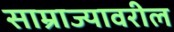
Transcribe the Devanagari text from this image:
साम्राज्यावरील